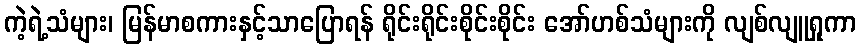
ကဲ့ရဲ့သံများ၊ မြန်မာစကားနှင့်သာပြောရန် ရိုင်းရိုင်းစိုင်းစိုင်း အော်ဟစ်သံများကို လျစ်လျူရှုကာ